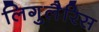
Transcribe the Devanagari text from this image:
लिगुलैरिस